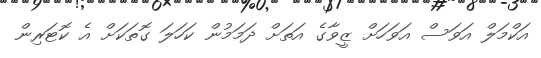
އަކްމަލް އަވަސް އަވަހަށް ޒީވާގެ އަތަށް ދަމަމުން ކަހަލަ ގޮތަކަށް އެ ކޮޓަރިން